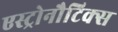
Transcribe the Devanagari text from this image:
एस्ट्रोनौटिक्स